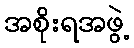
အစိုးရအဖွဲ့